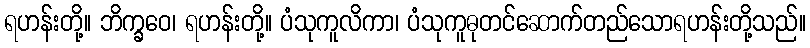
ရဟန်းတို့။ ဘိက္ခဝေ၊ ရဟန်းတို့။ ပံသုကူလိကာ၊ ပံသုကူဓုတင်ဆောက်တည်သောရဟန်းတို့သည်။